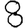
Digit: 8